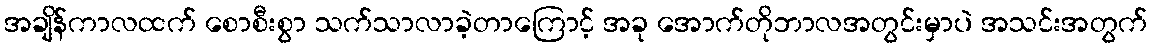
အချိန်ကာလထက် စောစီးစွာ သက်သာလာခဲ့တာကြောင့် အခု အောက်တိုဘာလအတွင်းမှာပဲ အသင်းအတွက်